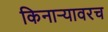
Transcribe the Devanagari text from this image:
किनाऱ्यावरच